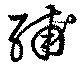
酺